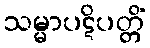
သမ္မာပဋိပတ္တိံ